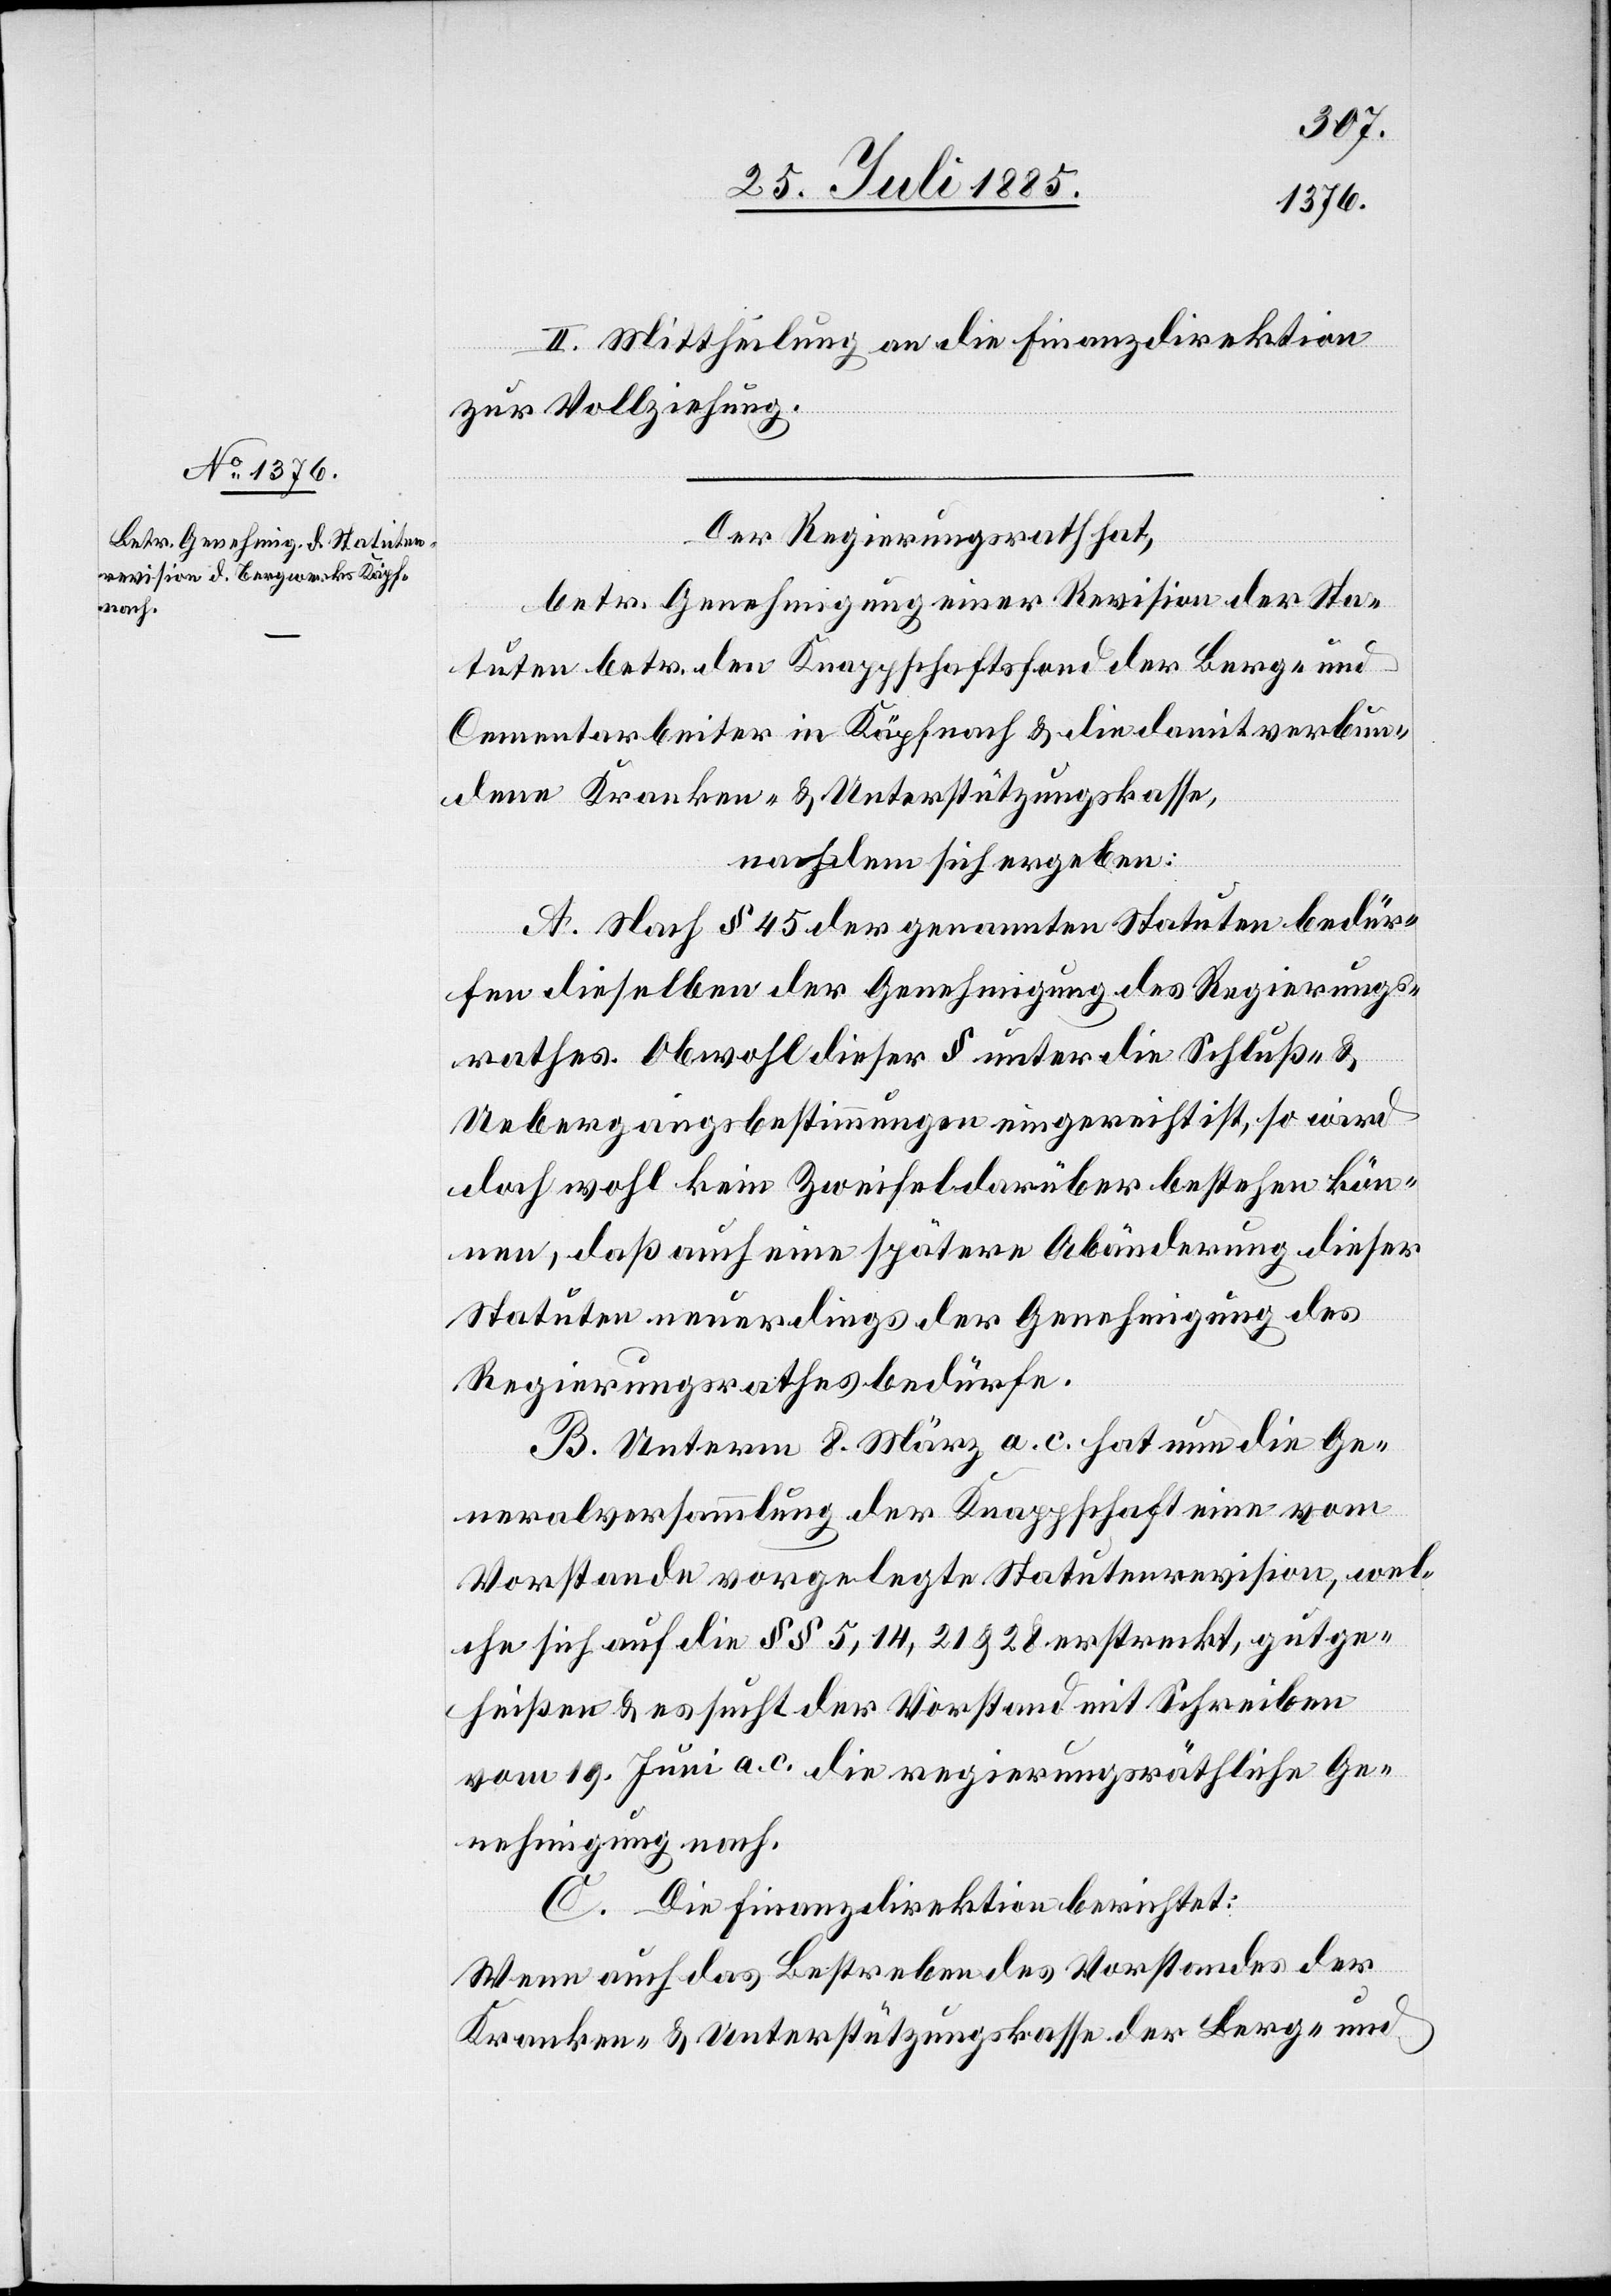
II. Mittheilung an die Finanzdirektion
zur Vollziehung.
Der Regierungsrath hat,
betr. Genehmigung einer Revision der Sta¬
tuten betr. den Knappschaftsfond der Berg- und
Cementarbeiter in Käpfnach & die damit verbun¬
denen Kranken & Unterstützungskasse,
nachdem sich ergeben:
A. Nach § 45 der genannten Statuten bedür¬
fen dieselben der Genehmigung des Regierungs¬
rathes. Obwohl dieser § unter die Schluß- &
Uebergangsbestimmungen eingereicht ist, so wird
doch wohl kein Zweifel darüber bestehen kön¬
nen, daß auch eine spätere Abänderung dieser
Statuten neuerdings der Genehmigung des
Regierungsrathes bedürfe.
B. Unterm 8. März a. c. hat nun die Ge¬
neralversammlung der Knappschaft eine vom
Vorstande vorgelegte Statutenrevision, wel¬
che sich auf die §§ 5, 14, 21 & 28 erstreckt, gutge¬
heißen & es sucht der Vorstand mit Schreiben
vom 19. Juni a.c. [um] die regierungsräthliche Ge¬
nehmigung nach.
C. Die Finanzdirektion berichtet:
Wenn auch das Bestreben des Vorstandes der
Kranken- & Unterstützungskasse der Berg- und